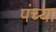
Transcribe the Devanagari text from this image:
पंच्या